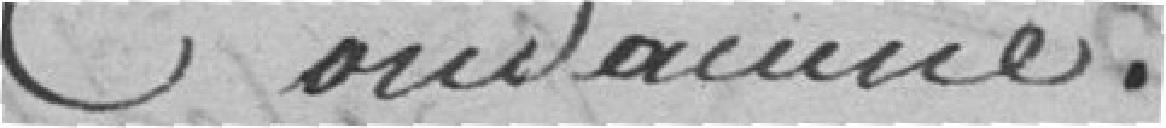
condamné.